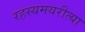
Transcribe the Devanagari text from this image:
रहस्यमयरीत्या